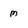
Character: m